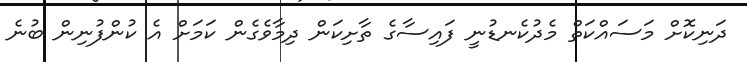
ދަނިކޮށް މަސައްކަތް މެދުކެނޑުނީ ފައިސާގެ ތާށިކަން ދިމާވެގެން ކަމަށް އެ ކުންފުނިން ބުނެ